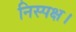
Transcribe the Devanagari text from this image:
निस्पक्ष।